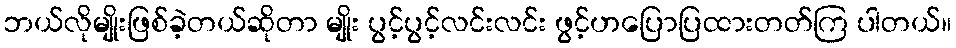
ဘယ်လိုမျိုးဖြစ်ခဲ့တယ်ဆိုတာ မျိုး ပွင့်ပွင့်လင်းလင်း ဖွင့်ဟပြောပြထားတတ်ကြ ပါတယ်။